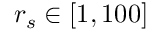
r _ { s } \in [ 1 , 1 0 0 ]